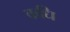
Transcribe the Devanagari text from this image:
कधि